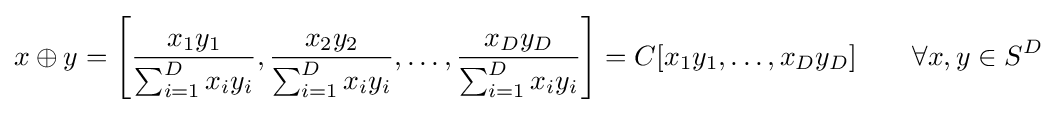
x\oplus y=\left[{\frac {x_{1}y_{1}}{\sum _{i=1}^{D}x_{i}y_{i}}},{\frac {x_{2}y_{2}}{\sum _{i=1}^{D}x_{i}y_{i}}},\dots ,{\frac {x_{D}y_{D}}{\sum _{i=1}^{D}x_{i}y_{i}}}\right]=C[x_{1}y_{1},\ldots ,x_{D}y_{D}]\qquad \forall x,y\in S^{D}